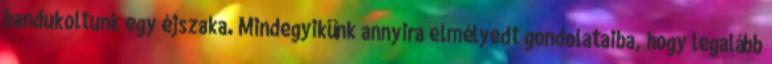
bandukoltunk egy éjszaka. Mindegyikünk annyira elmélyedt gondolataiba, hogy legalább